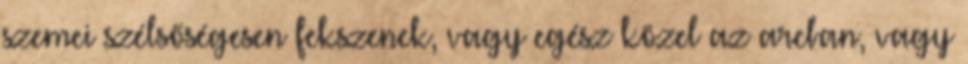
szemei szélsőségesen fekszenek, vagy egész közel az arcban, vagy